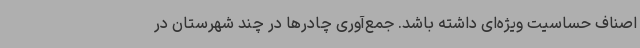
اصناف حساسیت ویژه‌ای داشته باشد. جمع‌آوری چادرها در چند شهرستان در